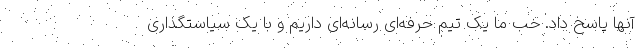
آنها پاسخ داد. خب ما یک تیم حرفه‌ای رسانه‌ای داریم و با یک سیاستگذاری